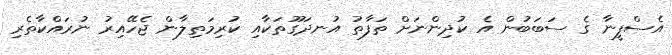
އެސްފީނާ ގެ ސަބަބުން އެ ކުދިންނަށް ތަފާތު އުނދަގޫތަކާއި ކުރިމަތިލާން ޖެހޭއިރު ނުރައްކާތެރި